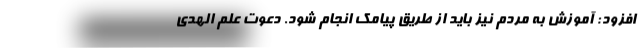
افزود: آموزش به مردم نیز باید از طریق پیامک انجام شود. دعوت علم الهدی